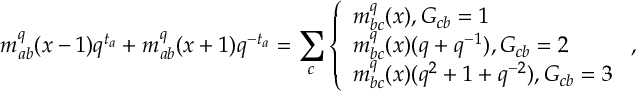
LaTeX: m _ { a b } ^ { q } ( x - 1 ) q ^ { t _ { a } } + m _ { a b } ^ { q } ( x + 1 ) q ^ { - t _ { a } } = \sum _ { c } \left\{ \begin{array} { l } { { m _ { b c } ^ { q } ( x ) , G _ { c b } = 1 } } \\ { { m _ { b c } ^ { q } ( x ) ( q + q ^ { - 1 } ) , G _ { c b } = 2 } } \\ { { m _ { b c } ^ { q } ( x ) ( q ^ { 2 } + 1 + q ^ { - 2 } ) , G _ { c b } = 3 } } \end{array} \right. ,